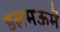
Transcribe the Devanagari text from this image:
डलमऊमें